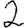
Digit: 2